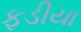
ફડીયા